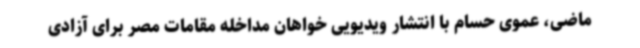
ماضی، عموی حسام با انتشار ویدیویی خواهان مداخله مقامات مصر برای آزادی